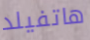
هاتفيلد